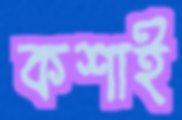
কশাই